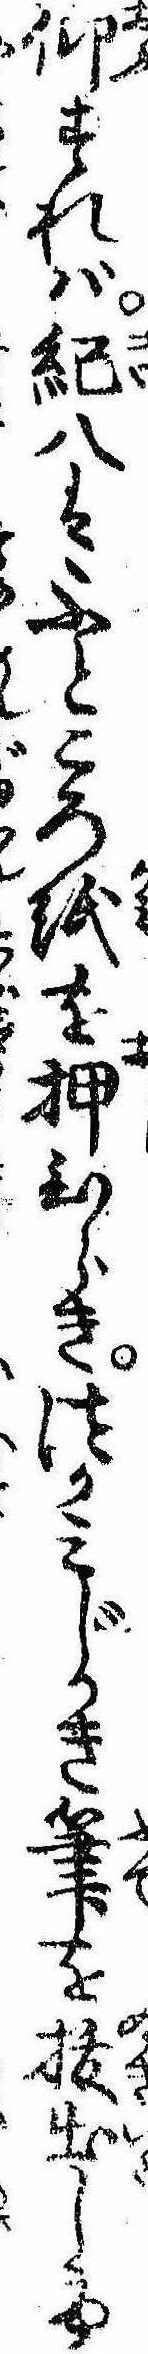
仰すれば紀八はふところ紙を押ひらきつかみじかき筆を抜出して